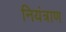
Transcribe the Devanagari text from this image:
नियंत्राण